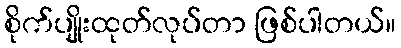
စိုက်ပျိုးထုတ်လုပ်တာ ဖြစ်ပါတယ်။